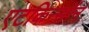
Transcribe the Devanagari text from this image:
एटकिन्सॉन